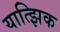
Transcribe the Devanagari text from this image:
यात्झिक